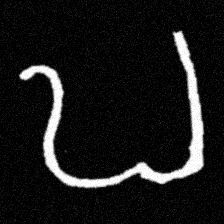
Pyu character \u2014 Myanmar letter: ဎ (romanized: ddha)